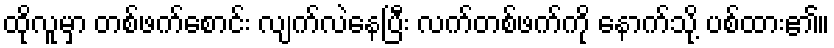
ထိုလူမှာ တစ်ဖက်စောင်း လျက်လဲနေပြီး လက်တစ်ဖက်ကို နောက်သို့ ပစ်ထား၏။